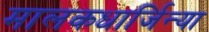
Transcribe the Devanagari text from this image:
मालकधार्जिन्या